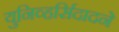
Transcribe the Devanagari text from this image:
युनिव्हर्सिदादने